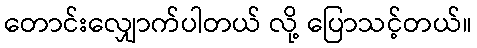
တောင်းလျှောက်ပါတယ် လို့ ပြောသင့်တယ်။